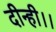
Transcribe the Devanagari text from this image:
दीन्ही।।